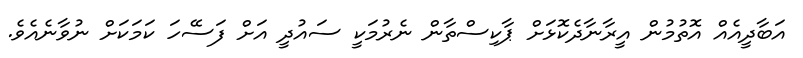
އަބާދީއެއް އޮތުމުން އީރާނާދެކޮޅަށް ޕާކިސްތާން ނެރުމަކީ ސައުދީ އަށް ފަސޭހަ ކަމަކަށް ނުވާނެއެވެ.